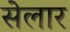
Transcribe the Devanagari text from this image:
सेलार